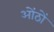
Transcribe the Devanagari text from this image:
ओंठों